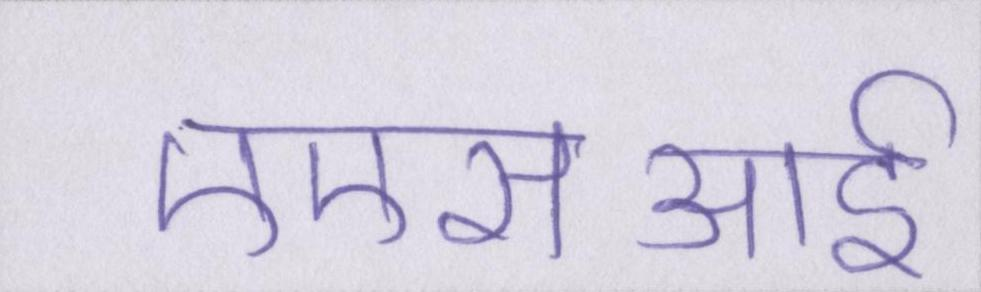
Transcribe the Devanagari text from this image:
एएसआई